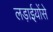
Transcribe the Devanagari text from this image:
लड़ाईयोंसे